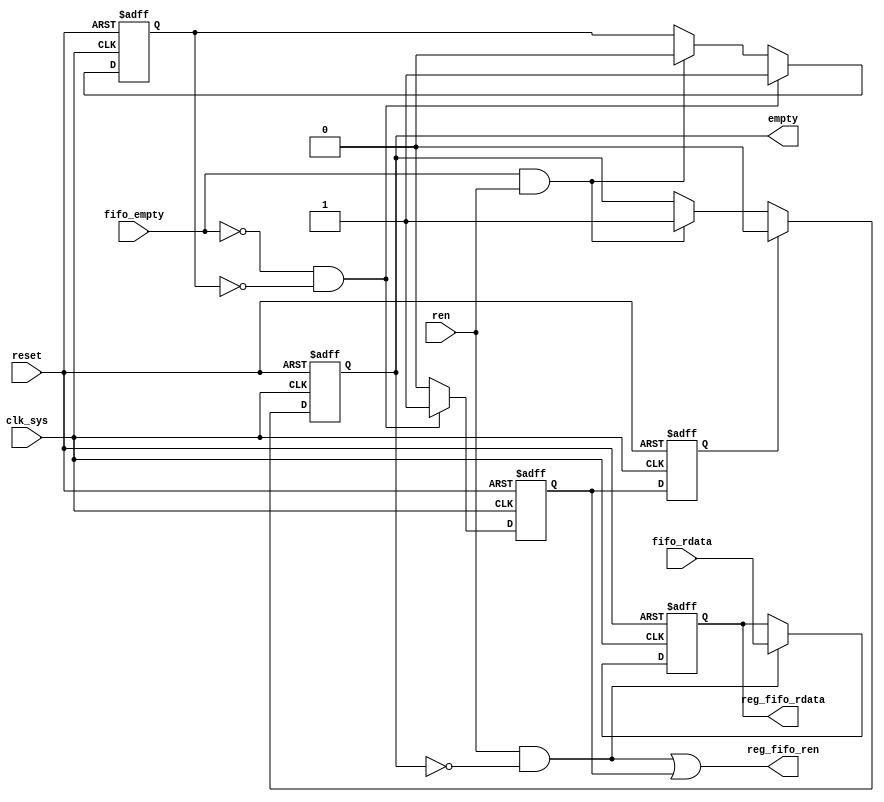
//
//------------------------------------------------------------------------------
//     Copyright (c) 2017 Huawei Technologies Co., Ltd. All Rights Reserved.
//
//     This program is free software; you can redistribute it and/or modify
//     it under the terms of the Huawei Software License (the "License").
//     A copy of the License is located in the "LICENSE" file accompanying 
//     this file.
//
//     This program is distributed in the hope that it will be useful,
//     but WITHOUT ANY WARRANTY; without even the implied warranty of
//     MERCHANTABILITY or FITNESS FOR A PARTICULAR PURPOSE. See the
//     Huawei Software License for more details. 
//------------------------------------------------------------------------------


module  fifo_cbb_reg #(
    parameter   FIFO_ATTR       = "normal"          ,   //"normal" or "ahead"
                FIFO_WIDTH      = 8                     //

    )(
        input                           clk_sys         ,   //i1: clock
        input                           reset           ,   //i1: reset,active high
        input                           ren             ,   //i1: user input fifo read enable.1-enable
        input                           fifo_empty      ,   //i1: fifo_cbb output empty signal.1-empty,0-no empty
        input       [FIFO_WIDTH - 1:0]  fifo_rdata      ,   //i[FIFO_WIDTH]: fifo_cbb output read data      
        output  reg [FIFO_WIDTH - 1:0]  reg_fifo_rdata  ,   //o[FIFO_WIDTH]: fifo_cbb_reg output read data
        output  wire                    reg_fifo_ren    ,   //o1: fifo_cbb_reg output to read fifo_cbb signal.1-enable
        output  wire                    empty               //o1: fifo_cbb_reg empty signal
        
    );    

//--------------------------
//  parameters
//--------------------------

//--------------------------
//  signals
//--------------------------
reg                     ren_reg_tmp;
reg                     ren_reg_tmp_1dly;
reg                     reg_tmp_flag;    
reg                     empty_tmp;
wire                    rdata_dly_vld;
wire                    empty_vld;
//------------------------
//  process
//-----------------------
assign  reg_fifo_ren    = ((ren == 1'b1) && (empty == 1'b0)) || (ren_reg_tmp == 1'b1);
assign  empty           = empty_tmp;

//generate normal and ahead
generate
if(FIFO_ATTR == "normal") begin : reg_normal_sig

assign  rdata_dly_vld   =   (ren == 1'b1) && (empty == 1'b0);
assign  empty_vld       =   ren_reg_tmp_1dly;
    
end
else if(FIFO_ATTR == "ahead") begin : reg_ahead_sig

assign  rdata_dly_vld   =   reg_fifo_ren;
assign  empty_vld       =   ren_reg_tmp;

end
else ;
endgenerate

//--read fifo data into register
always@(posedge clk_sys or posedge reset)
begin
    if(reset == 1'b1) begin
       ren_reg_tmp      <=  1'b0;
       reg_tmp_flag     <=  1'b0; 
    end
    else if((fifo_empty == 1'b0) && (reg_tmp_flag == 1'b0)) begin
        ren_reg_tmp     <=  1'b1;
        reg_tmp_flag    <=  1'b1;
    end
    else if((fifo_empty == 1'b1) && (ren == 1'b1)) begin
        ren_reg_tmp     <=  1'b0;
        reg_tmp_flag    <=  1'b0;
    end
    else begin
        ren_reg_tmp     <=  1'b0;
    end
end

always@(posedge clk_sys or posedge reset)
begin
    if(reset == 1'b1) begin
        ren_reg_tmp_1dly    <=  1'b0;
    end
    else begin
        ren_reg_tmp_1dly    <=  ren_reg_tmp;
    end
end

//---empty and dataout
always@(posedge clk_sys or posedge reset)
begin
    if(reset == 1'b1) begin
        empty_tmp   <=  1'b1;
    end
    else if(empty_vld == 1'b1) begin
        empty_tmp   <=  1'b0;
    end
    else if((fifo_empty == 1'b1) && (ren == 1'b1)) begin
        empty_tmp   <=  1'b1;
    end
    else ;
end

always@(posedge clk_sys or posedge reset)
begin
    if(reset == 1'b1) begin
        reg_fifo_rdata   <=  {FIFO_WIDTH{1'b0}};
    end
    else if(rdata_dly_vld == 1'b1)begin
        reg_fifo_rdata   <=  fifo_rdata;
    end
    else ;
end    
    
endmodule